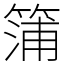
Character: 䈬